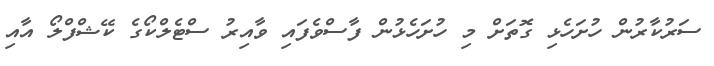
ސަރުކާރުން ހުށަހެޅި ގޮތަށް މި ހުށަހެޅުން ފާސްވެފައި ވާއިރު ސްޓެލްކޯގެ ކޭޝްފްލޯ އާއި